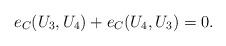
LaTeX: \begin{align*}e_C(U_3,U_4)+e_C(U_4,U_3)=0.\end{align*}